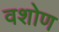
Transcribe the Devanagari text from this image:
वशोण